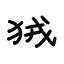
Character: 狨